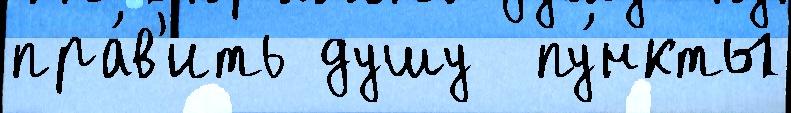
пра́в'ить душу  пу́нкты